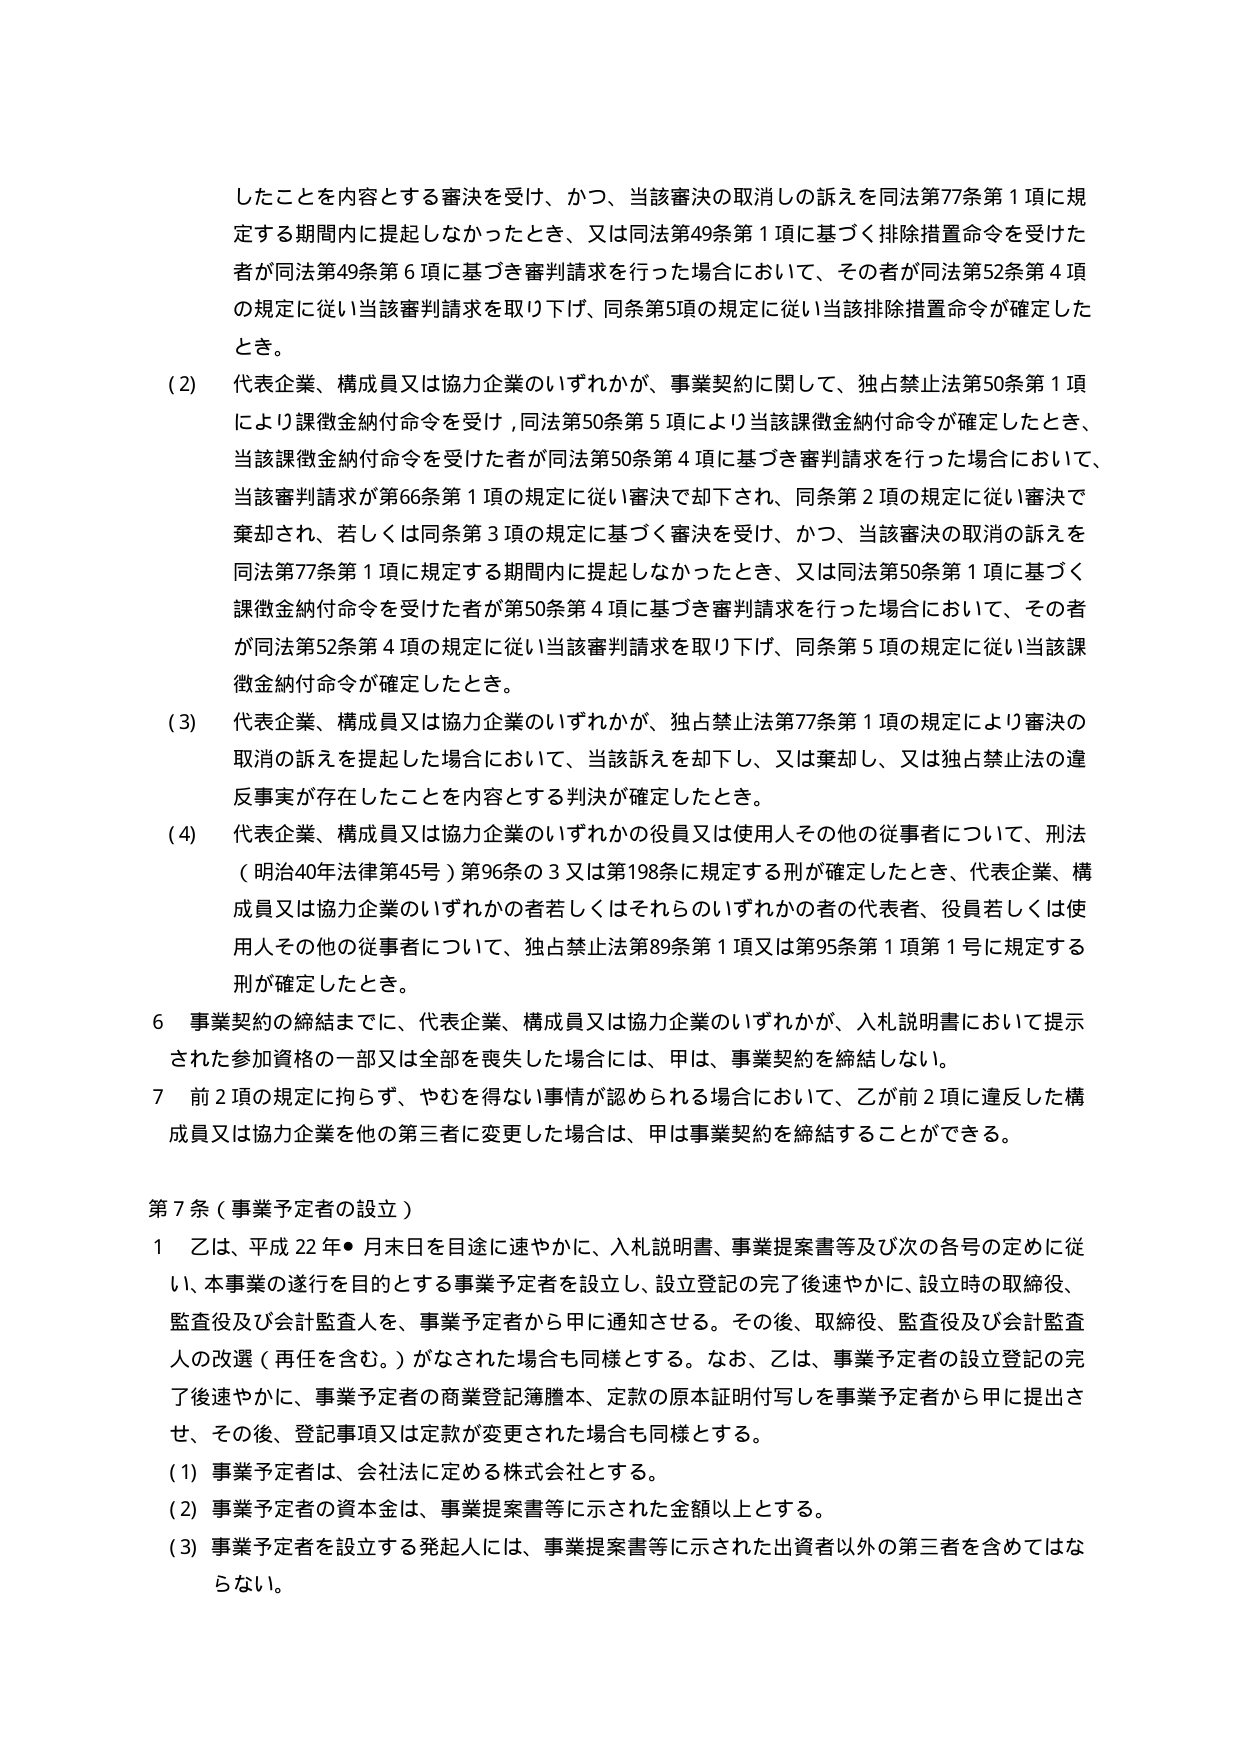
したことを内容とする審決を受け、かつ、当該審決の取消しの訴えを同法第77条第1項に規定する期間内に提起しなかったとき、又は同法第49条第1項に基づく排除措置命令を受けた者が同法第49条第6項に基づき審判請求を行った場合において、その者が同法第52条第4項の規定に従い当該審判請求を取り下げ、同条第5項の規定に従い当該排除措置命令が確定したとき。

(2) 代表企業、構成員又は協力企業のいずれかが、事業契約に関して、独占禁止法第50条第1項により課徴金納付命令を受け、同法第50条第5項により当該課徴金納付命令が確定したとき、当該課徴金納付命令を受けた者が同法第50条第4項に基づき審判請求を行った場合において、当該審判請求が第66条第1項の規定に従い審決で却下され、同条第2項の規定に従い審決で棄却され、若しくは同条第3項の規定に基づく審決を受け、かつ、当該審決の取消の訴えを同法第77条第1項に規定する期間内に提起しなかったとき、又は同法第50条第1項に基づく課徴金納付命令を受けた者が第50条第4項に基づき審判請求を行った場合において、その者が同法第52条第4項の規定に従い当該審判請求を取り下げ、同条第5項の規定に従い当該課徴金納付命令が確定したとき。

(3) 代表企業、構成員又は協力企業のいずれかが、独占禁止法第77条第1項の規定により審決の取消の訴えを提起した場合において、当該訴えを却下し、又は棄却し、又は独占禁止法の違反事実が存在したことを内容とする判決が確定したとき。

(4) 代表企業、構成員又は協力企業のいずれかの役員又は使用人その他の従事者について、刑法（明治40年法律第45号）第96条の3又は第198条に規定する刑が確定したとき、代表企業、構成員又は協力企業のいずれかの者若しくはそれらのいずれかの者の代表者、役員若しくは使用人その他の従事者について、独占禁止法第89条第1項又は第95条第1項第1号に規定する刑が確定したとき。

6 事業契約の締結までに、代表企業、構成員又は協力企業のいずれかが、入札説明書において提示された参加資格の一部又は全部を喪失した場合には、甲は、事業契約を締結しない。

7 前2項の規定に拘らず、やむを得ない事情が認められる場合において、乙が前2項に違反した構成員又は協力企業を他の第三者に変更した場合は、甲は事業契約を締結することができる。

第7条（事業予定者の設立）

1 乙は、平成22年●月末日を目途に速やかに、入札説明書、事業提案書等及び次の各号の定めに従い、本事業の遂行を目的とする事業予定者を設立し、設立登記の完了後速やかに、設立時の取締役、監査役及び会計監査人を、事業予定者から甲に通知させる。その後、取締役、監査役及び会計監査人の改選（再任を含む。）がなされた場合も同様とする。なお、乙は、事業予定者の設立登記の完了後速やかに、事業予定者の商業登記簿謄本、定款の原本証明付写しを事業予定者から甲に提出させ、その後、登記事項又は定款が変更された場合も同様とする。

(1) 事業予定者は、会社法に定める株式会社とする。

(2) 事業予定者の資本金は、事業提案書等に示された金額以上とする。

(3) 事業予定者を設立する発起人には、事業提案書等に示された出資者以外の第三者を含めてはならない。